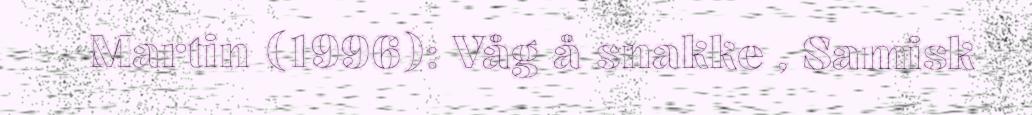
Martin (1996): Våg å snakke , Samisk